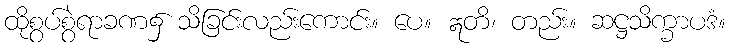
ထိုစွပ်စွဲရာခဏ၌ သိခြင်းလည်းကောင်း။ ပေ။ ဣတိ၊ တည်း။ ဆဋ္ဌသိက္ခာပဒံ။